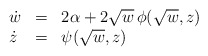
\begin{align*} \begin{array}{lll} \dot{w} & = & 2\alpha + 2 \sqrt{w}\, \phi(\sqrt{w},z) \\ \dot{z} & = & \psi(\sqrt{w},z) \end{array}\end{align*}